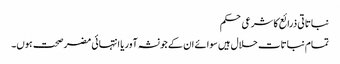
نباتاتی ذرائع کا شرعی حکم
تمام نباتات حلال ہیں سوائے ان کے جو نشہ آور یا انتہائی مضر صحت ہوں۔